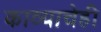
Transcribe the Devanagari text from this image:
काव्याचेही